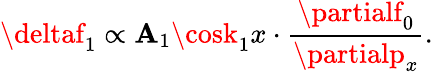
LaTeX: \deltaf_{1}\propto\mathbf{A}_{1}\cosk_{1}x\cdot\frac{{\partialf_{0}}}{{\partialp_{x}}}.